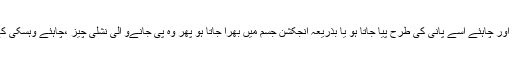
نشہ چاہئے شراب کا ہو چرس کا ہو ، افیون کا ہو یا کسی اور چیز کا اور چاہئے اسے پانی کی طرح پیا جاتا ہو یا بذریعہ انجکشن جسم میں بھرا جاتا ہو پھر وہ پی جانےو الی نشلی چیز ،چاہئے وہسکی کے نام کی ہو یا برانڈی یا پھررم کے نام کی ،سب کے سب حرام ہیں۔